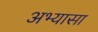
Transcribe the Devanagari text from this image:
अभ्यासा